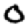
Digit: 0